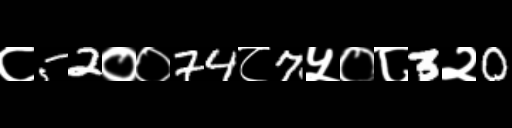
Text: ८52००74८7५०८3२0